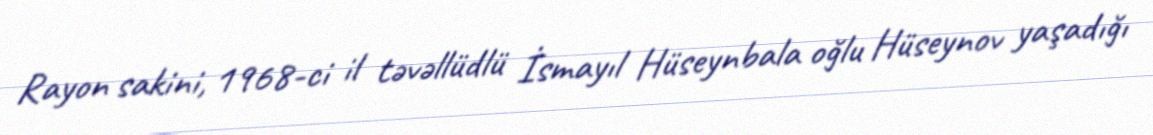
Rayon sakini, 1968-ci il təvəllüdlü İsmayıl Hüseynbala oğlu Hüseynov yaşadığı